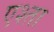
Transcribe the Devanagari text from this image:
एश्ता